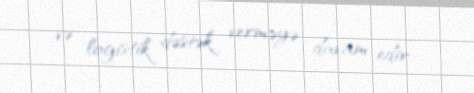
və logistik dəstək verməyə davam edir.